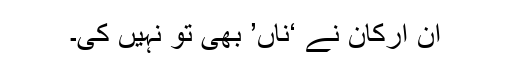
ان ارکان نے ‘ناں’ بھی تو نہیں کی۔